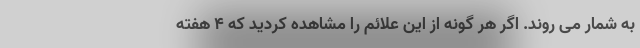
به شمار می روند. اگر هر گونه از این علائم را مشاهده کردید که 4 هفته